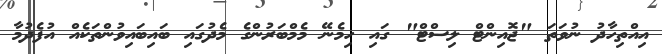
އިއްތިހާދު ނުވަތަ "ޖޮއިންޓް ލިސްޓް" ގައި ހިމެނޭ މެމްބަރުންގެ މެދުގައި ބައިބައިވުންތަކެއް އުފެދުމާ